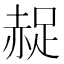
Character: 𧹤